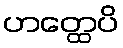
ဟတ္ထေပိ